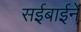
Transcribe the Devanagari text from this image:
सईबाईने